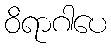
ဝိရာဂါပေ